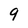
Character: 9